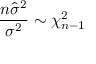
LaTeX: { \frac { n { \widehat { \sigma } } ^ { 2 } } { \sigma ^ { 2 } } } \sim \chi _ { n - 1 } ^ { 2 }